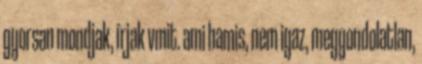
gyorsan mondjak, írjak vmit. ami hamis, nem igaz, meggondolatlan,